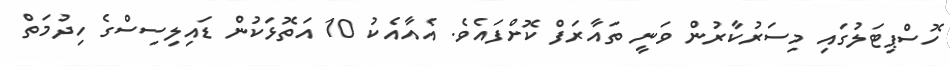
ހޮސްޕިޓަލުގައި މިސަރުކާރުން ވަނީ ތައާރަފް ކޮށްފައެވެ. އެއާއެކު 10 އަތޮޅަކުން ޑައިލިސިސްގެ ހިދުމަތް